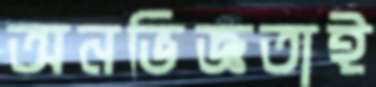
অনভিজ্ঞতাই